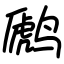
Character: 䴘